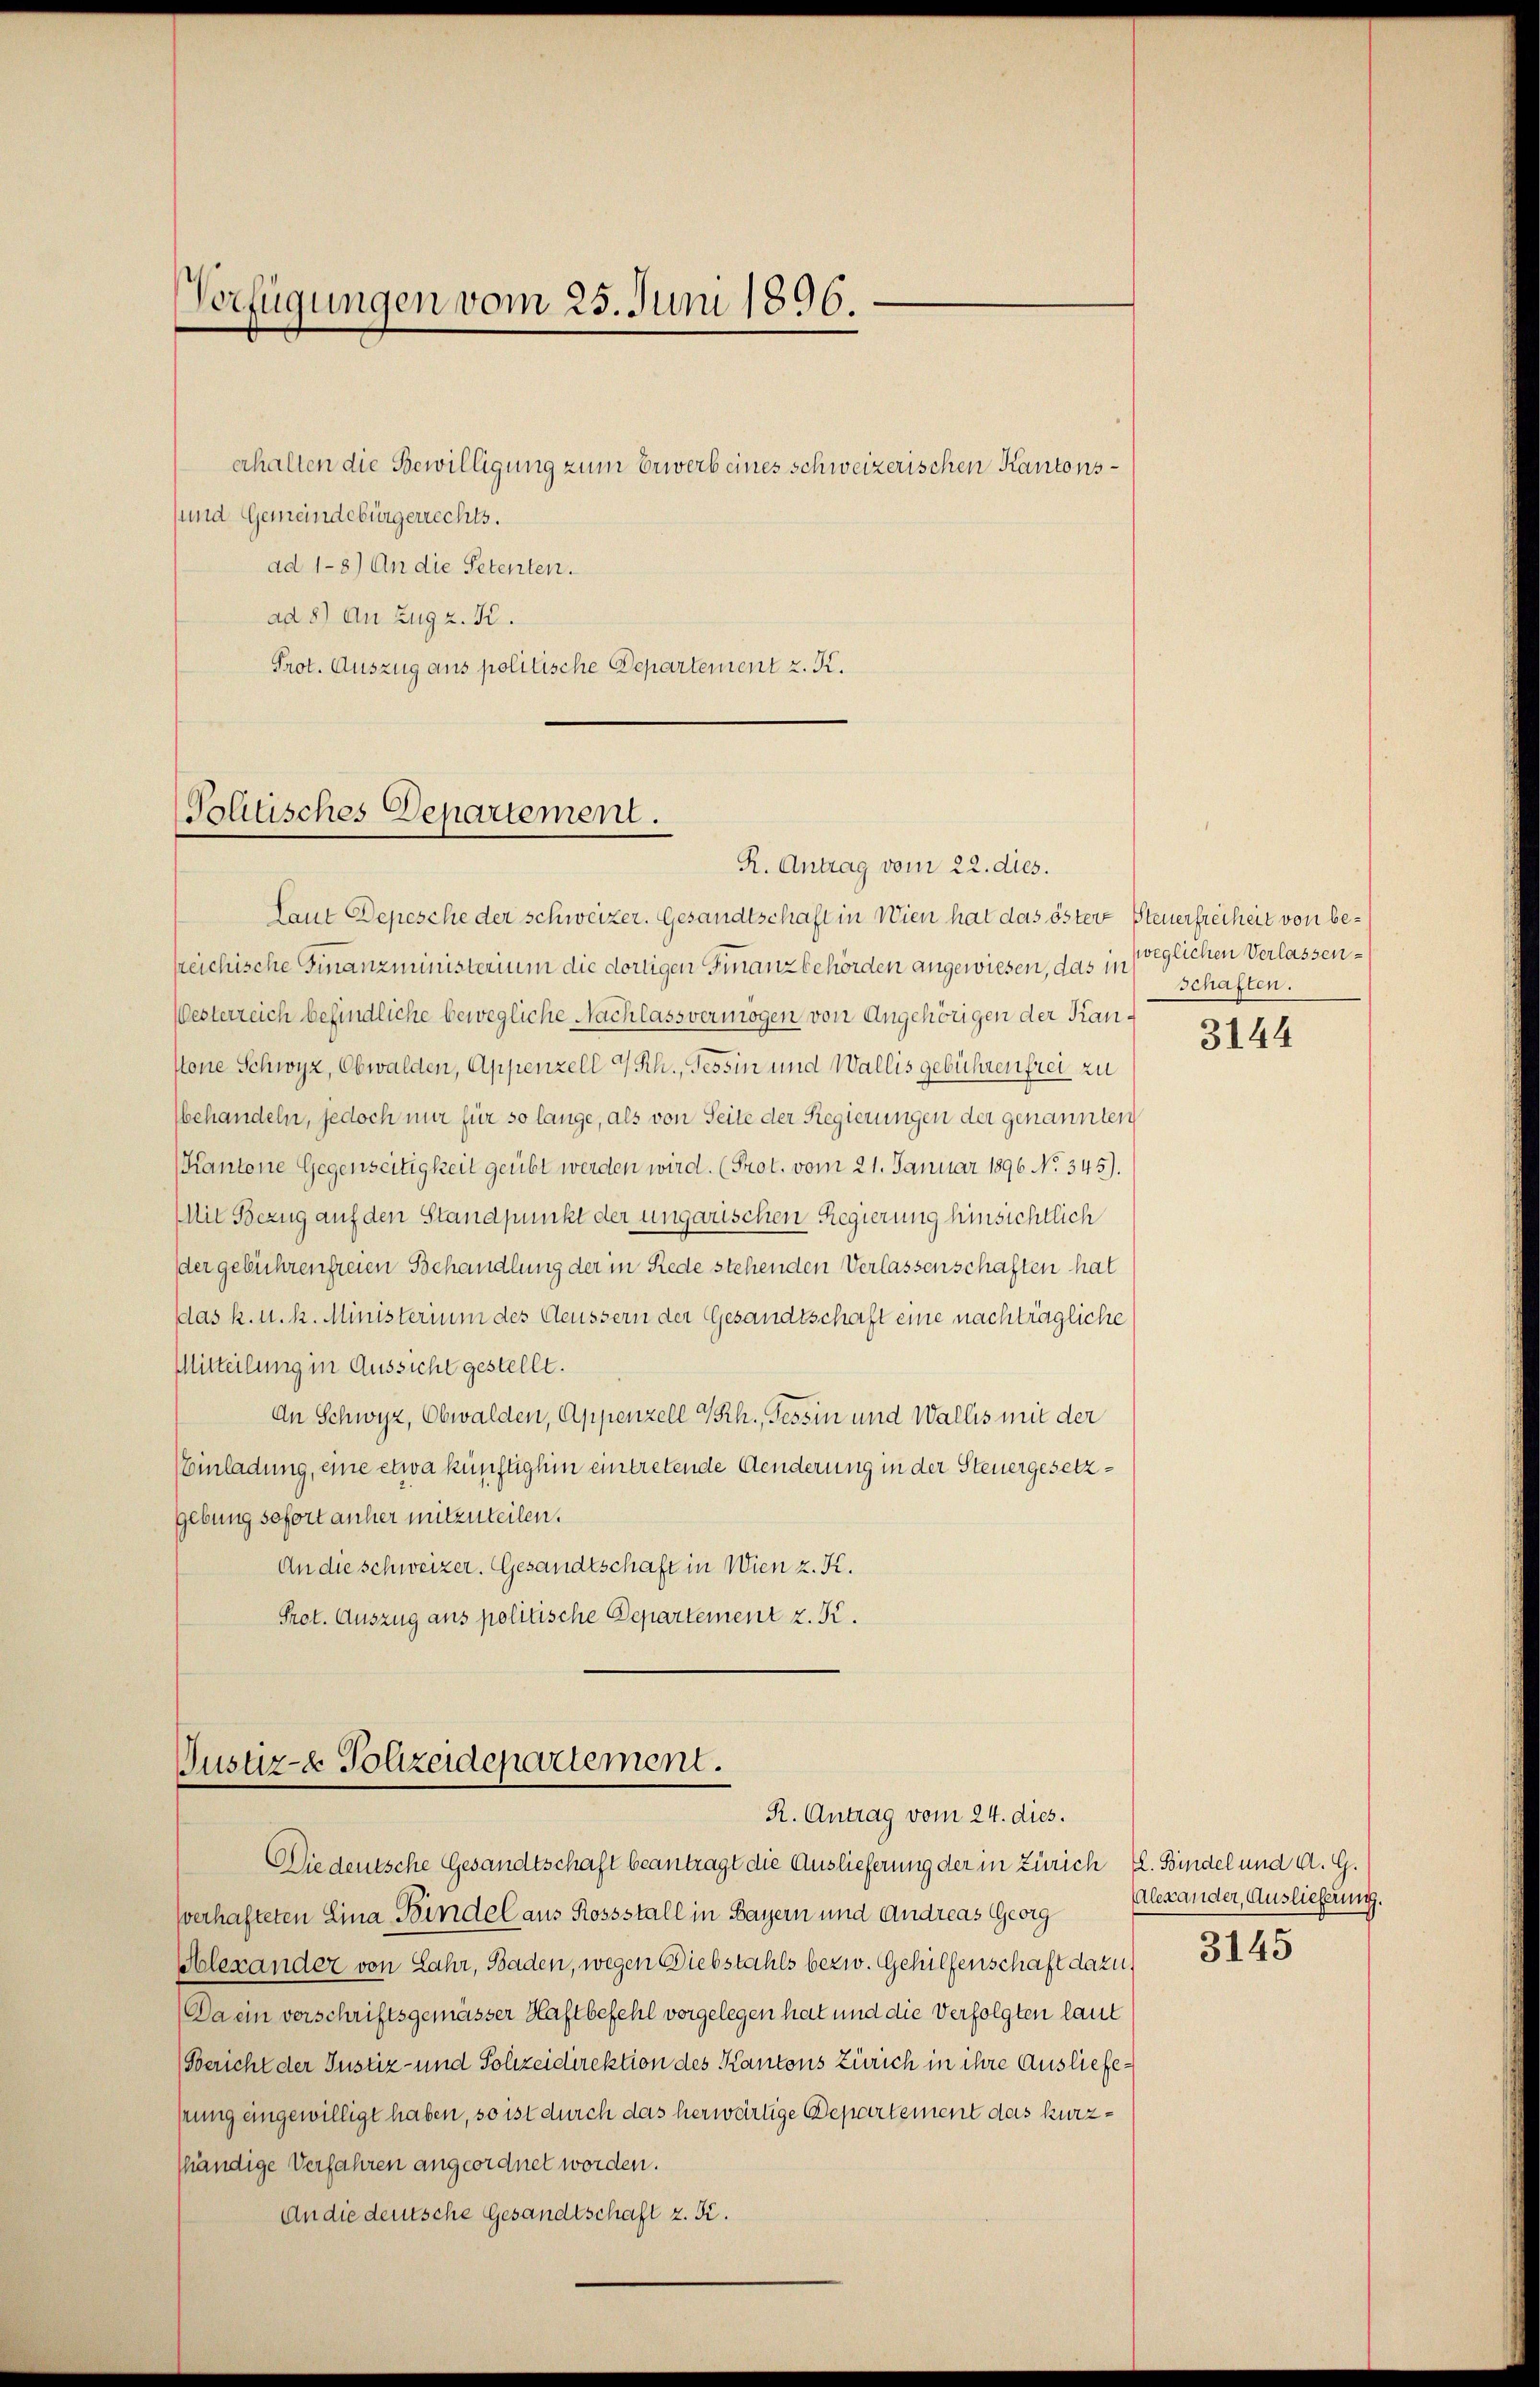
Verfügungen vom 25. Juni 1896.

erhalten die Bewilligung zum Erwerb eines schweizerischen Kantonssund Gemeindebürgerrechts.
ad 1-8) An die Petenten.
ad 8) An Zug z. K.
Prot. Auszug aus politische Departement z. K.

Politisches Departement.

R. Antrag vom 22. dies.
Laut Depesche der schweizer. Gesandtschaft in Wien hat das östere Steuerfreiheit von berreichische Finanzministerium die dortigen Finanzbehörden angewiesen, das in
Westerreich befindliche bewegliche Nachlassvermögen von Angehörigen der Kanstone Schwyz, Obwalden, Appenzell I/Rh., Tessin und Wallis gebühren frei zu
behandeln, jedoch nur für so lange, als von Seite der Regierungen der genannten
Kantone Gegenseitigkeit geübt werden wird. (Prot. vom 21. Januar 1896 No 345).
MMit Bezug auf den Standpunkt der ungarischen Regierung hinsichtlich
der gebührenfreien Behandlung der in Rede stehenden Verlassenschaften hat
das k. u. k. Ministerium des Aeussern der Gesandtschaft eine nachträgliche
Mitteilung in Aussicht gestellt.
An Schwyz, Obwalden, Appenzell I.Rh., Tessin und Wallis mit der
Einladung, eine etwa künftighin eintretende Aenderung in der Steuergesetzgebung sofort anher mitzuteilen.
An die schweizer. Gesandtschaft in Wien z. K.
Prot. Auszug aus politische Departement z. K.

Justiz- & Polizeidepartement.
R. Antrag vom 24. dies.

Die deutsche Gesandtschaft beantragt die Auslieferung der in Zürich fl. Bindel und d. G.
sverhafteten Lina Bindel aus Rossstall in Bayern und Andreas Georg
Alexander von Lahr, Baden, wegen Diebstahls bezw. Gehülfenschaft dazu.
Da ein verschriftsgemässer Haftbefehl vorgelegen hat und die Verfolgten laut
Bericht der Justiz- und Polizeidirektion des Kantons Zürich in ihre Ausliefenung eingewilligt haben, so ist durch das herwärtige Departement das kurzhändige Verfahren angeordnet worden.
An die dersche Gesandtschaft z. S.

weglichen Verlassen-
schaften.

3144

(Alexander, Auslieferung.
3145